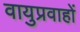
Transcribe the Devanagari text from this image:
वायुप्रवाहों